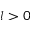
l > 0